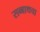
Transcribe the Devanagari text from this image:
सब्बाथचा